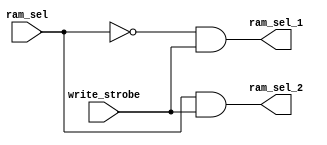
module ram_selector (input write_strobe,
                     input ram_sel,
                     output ram_sel_1,
                     output ram_sel_2);
    //used to select which ram block will get the write enable signal
    //used as a write enable
    assign ram_sel_1 = (~(ram_sel) & write_strobe); //assigning ram_sel_1 high if ram_sel is low and write_strobe is high
    assign ram_sel_2 = (ram_sel & write_strobe); //assigning ram_sel_2 high if both ram_sel and write_strobe is high
    
endmodule